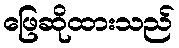
ဖြေဆိုထားသည်